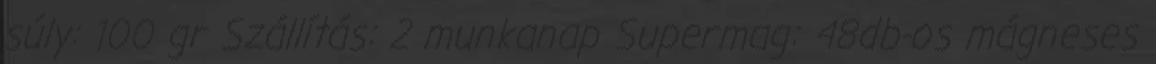
súly: 100 gr Szállítás: 2 munkanap Supermag: 48db-os mágneses